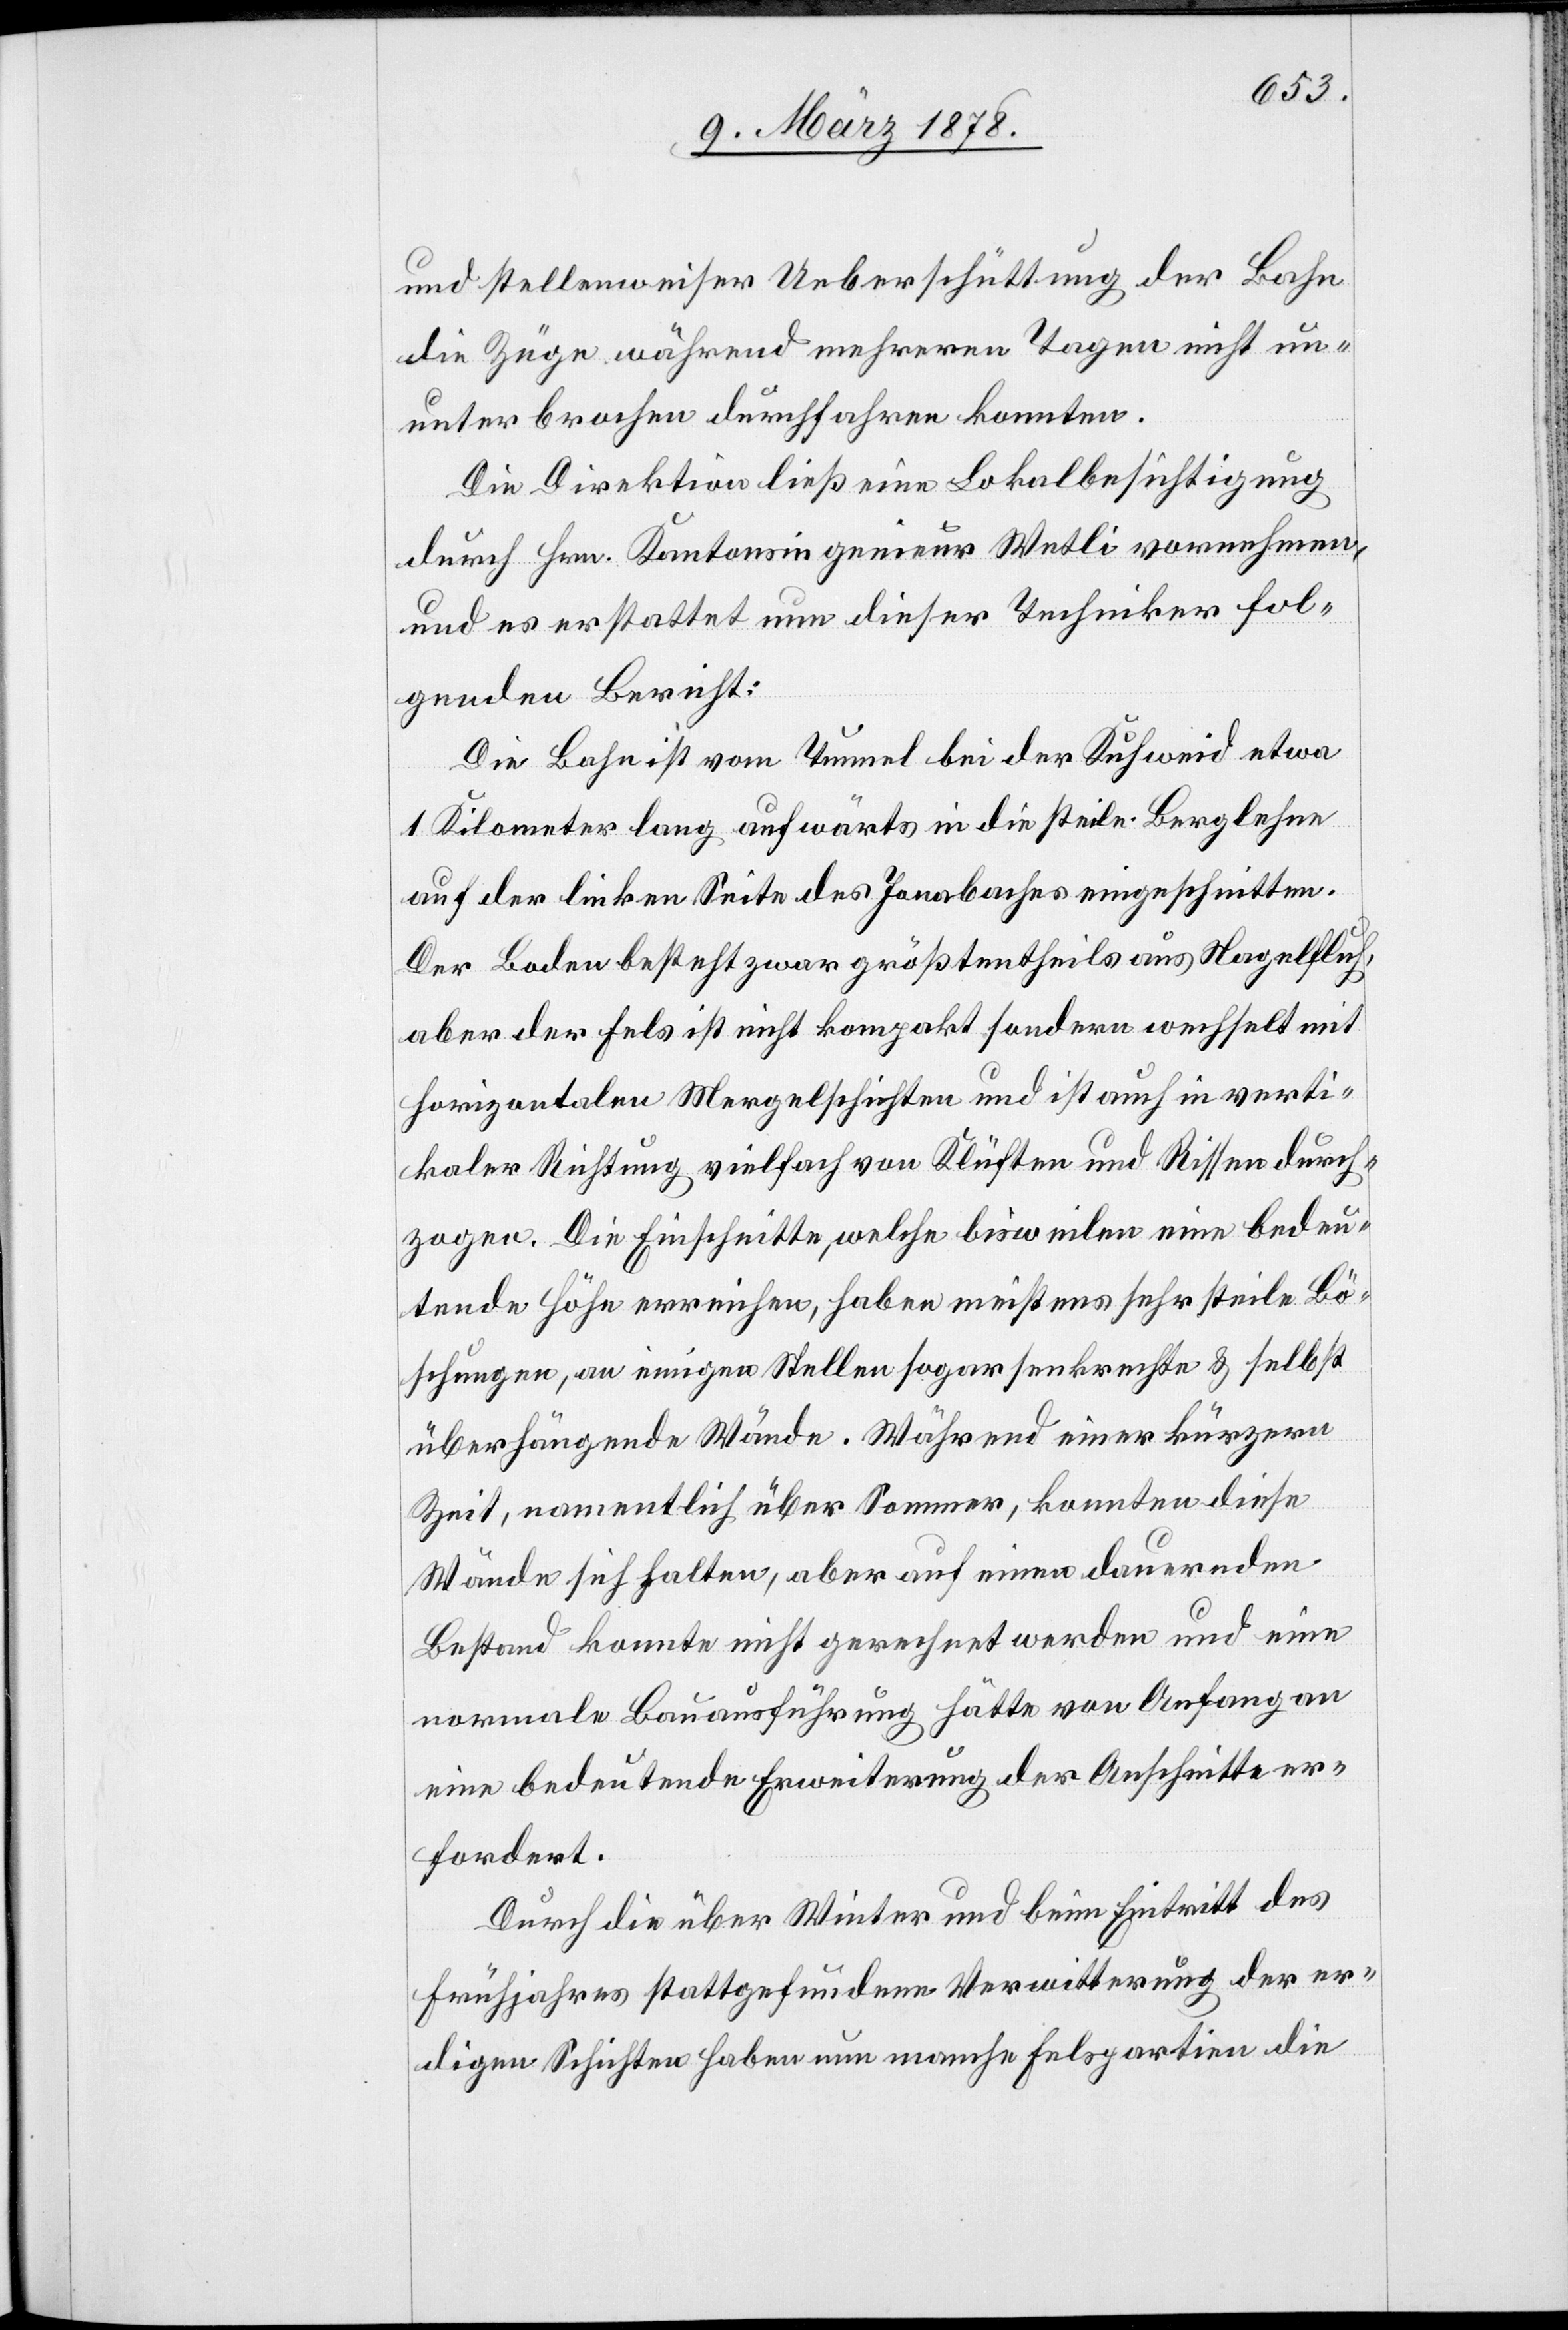
und stellenweiser Ueberschüttung der Bahn
die Züge während mehreren Tagen nicht un¬
unterbrochen durchfahren konnten.
Die Direktion ließ eine Lokalbesichtigung
durch Hrn. Kantonsingenieur Wetli vornehmen,
und es erstattet nun dieser Techniker fol¬
genden Bericht:
Die Bahn ist vom Tunnel bei der Kuhweid etwa
1 Kilometer lang aufwärts in die steile Berglehne
auf der linken Seite des Jonabaches eingeschnitten.
Der Boden besteht zwar größtentheils aus Nagelfluh,
aber der Fels ist nicht kompakt sondern wechselt mit
horizontalen Mergelschichten und ist auch in verti¬
kaler Richtung vielfach von Klüften und Rissen durch¬
zogen. Die Einschnitte, welche bisweilen eine bedeu¬
tende Höhe erreichen, haben meistens sehr steile Bö¬
schungen, an einigen Stellen sogar senkrechte & selbst
überhängende Wände. Während einer kürzern
Zeit, namentlich über Sommer, konnten diese
Wände sich halten, aber auf einen dauernden
Bestand konnte nicht gerechnet werden und eine
normale Bauausführung hätte von Anfang an
eine bedeutende Erweiterung der Anschnitte er¬
fordert.
Durch die über Winter und beim Eintritt des
Frühjahres stattgefundene Verwitterung der er¬
digen Schichten haben nun manche Felspartien die